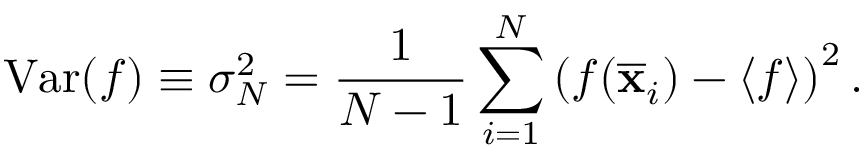
\mathrm { V a r } ( f ) \equiv \sigma _ { N } ^ { 2 } = { \frac { 1 } { N - 1 } } \sum _ { i = 1 } ^ { N } \left( f ( { \overline { { \mathbf { x } } } } _ { i } ) - \langle f \rangle \right) ^ { 2 } .